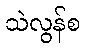
သဲလွန်စ